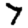
Digit: 7